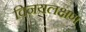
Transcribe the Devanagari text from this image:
विनयलक्षण